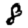
Digit: 8